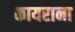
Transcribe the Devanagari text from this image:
कायराना